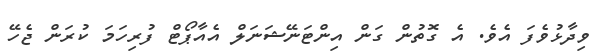
ވިދާޅުވެފަ އެވެ. އެ ގޮތުން ގަން އިންޓަނޭޝަނަލް އެއާޕޯޓް ފުރިހަމަ ކުރަން ޖެހޭ